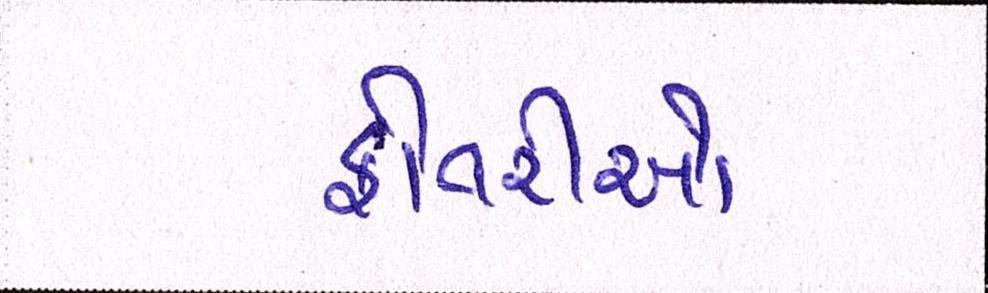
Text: ફોતરીઓ